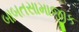
બાબતસામાજીક